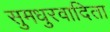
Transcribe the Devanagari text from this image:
सुमधुरवादिता